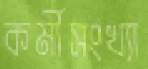
কর্মীসংখ্যা